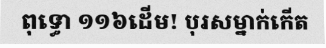
ពុទ្ធោ ១១៦ដើម! បុរសម្នាក់កើត